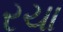
રચા